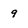
Character: 9